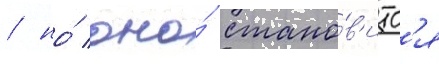
/ но́ оно́ стано́в'итс'я